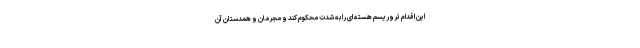
این اقدام تروریسم هسته ای را به شدت محکوم کند و مجرمان و همدستان آن